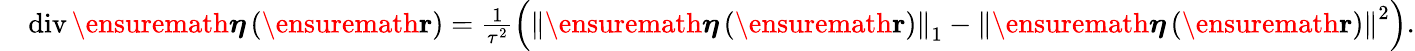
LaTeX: \begin{array}{rl}&{\operatorname{div}\ensuremath{\boldsymbol{\eta}}\left(\ensuremath{\mathbf{r}}\right)=\frac{1}{\tau^{2}}\left(\left\| \ensuremath{\boldsymbol{\eta}}\left(\ensuremath{\mathbf{r}}\right)\right\| _{1}-\left\| \ensuremath{\boldsymbol{\eta}}\left(\ensuremath{\mathbf{r}}\right)\right\| ^{2}\right).}\end{array}